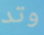
وتد